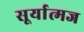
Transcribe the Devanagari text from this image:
सूर्यात्मज